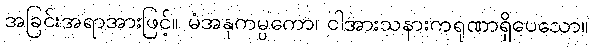
အခြင်းအရာအားဖြင့်။ မံအနုကမ္ပကော၊ ငါအားသနားကရုဏာရှိပေသော။